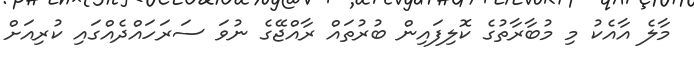
މާލެ އާއެކު މި މުބާރާތުގެ ކޮލިފައިން ބުރުތައް ރާއްޖޭގެ ނުވަ ސަރަހައްދެއްގައި ކުރިއަށް